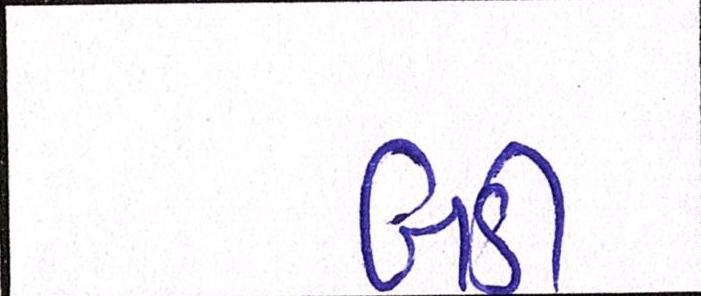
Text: બડી